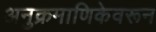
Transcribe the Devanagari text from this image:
अनुक्रमाणिकेवरून